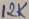
Text: 12K